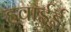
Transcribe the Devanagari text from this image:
हवाईई